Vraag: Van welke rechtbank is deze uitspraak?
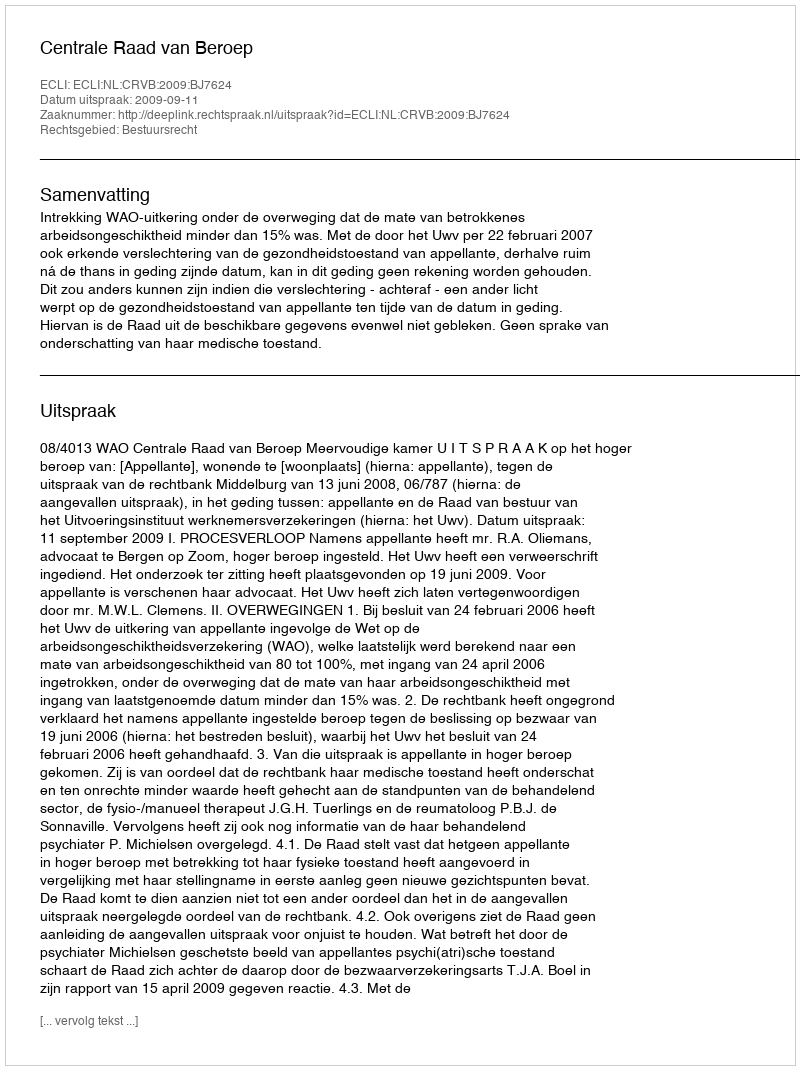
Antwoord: Centrale Raad van Beroep